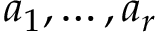
a _ { 1 } , \ldots , a _ { r }